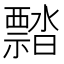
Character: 𬓜